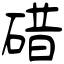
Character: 碏